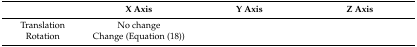
<table><thead><tr><td>[EMPTY_CELL]</td><td><b>X Axis</b></td><td><b>Y Axis</b></td><td><b>Z Axis</b></td></tr></thead><tbody><tr><td>Translation</td><td>No change</td><td>[EMPTY_CELL]</td><td>[EMPTY_CELL]</td></tr><tr><td>Rotation</td><td>Change (Equation (18))</td><td>[EMPTY_CELL]</td><td>[EMPTY_CELL]</td></tr></tbody></table>